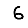
Digit: 6